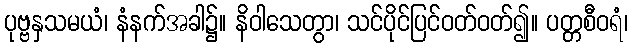
ပုဗ္ဗနှသမယံ၊ နံနက်အခါ၌။ နိဝါသေတွာ၊ သင်ပိုင်ပြင်ဝတ်ဝတ်၍။ ပတ္တစီဝရံ၊